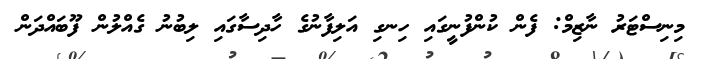
މިނިސްޓަރު ނާޒިމް: ފެން ކުންފުނީގައި ހިނގި އަލިފާނުގެ ހާދިސާގައި ލިބުނު ގެއްލުން ފޫބައްދަން